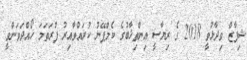
ޝިފާޒް ވިދާޅުވީ 2018 ގެ ރިޔާސީ އިންތިޚާބުގެ ކެމްޕޭނު ކުރައްވާއިރު ފުރަތަމަ ހޯއްދަވަންވީ